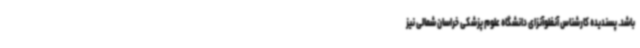
باشد. پسندیده کارشناس آنفلوآنزای دانشگاه علوم پزشکی خراسان شمالی نیز